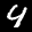
Label: 4